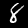
Label: 8